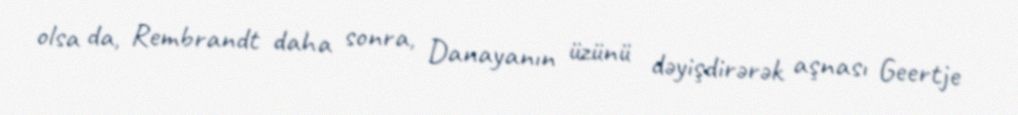
olsa da, Rembrandt daha sonra, Danayanın üzünü dəyişdirərək aşnası Geertje